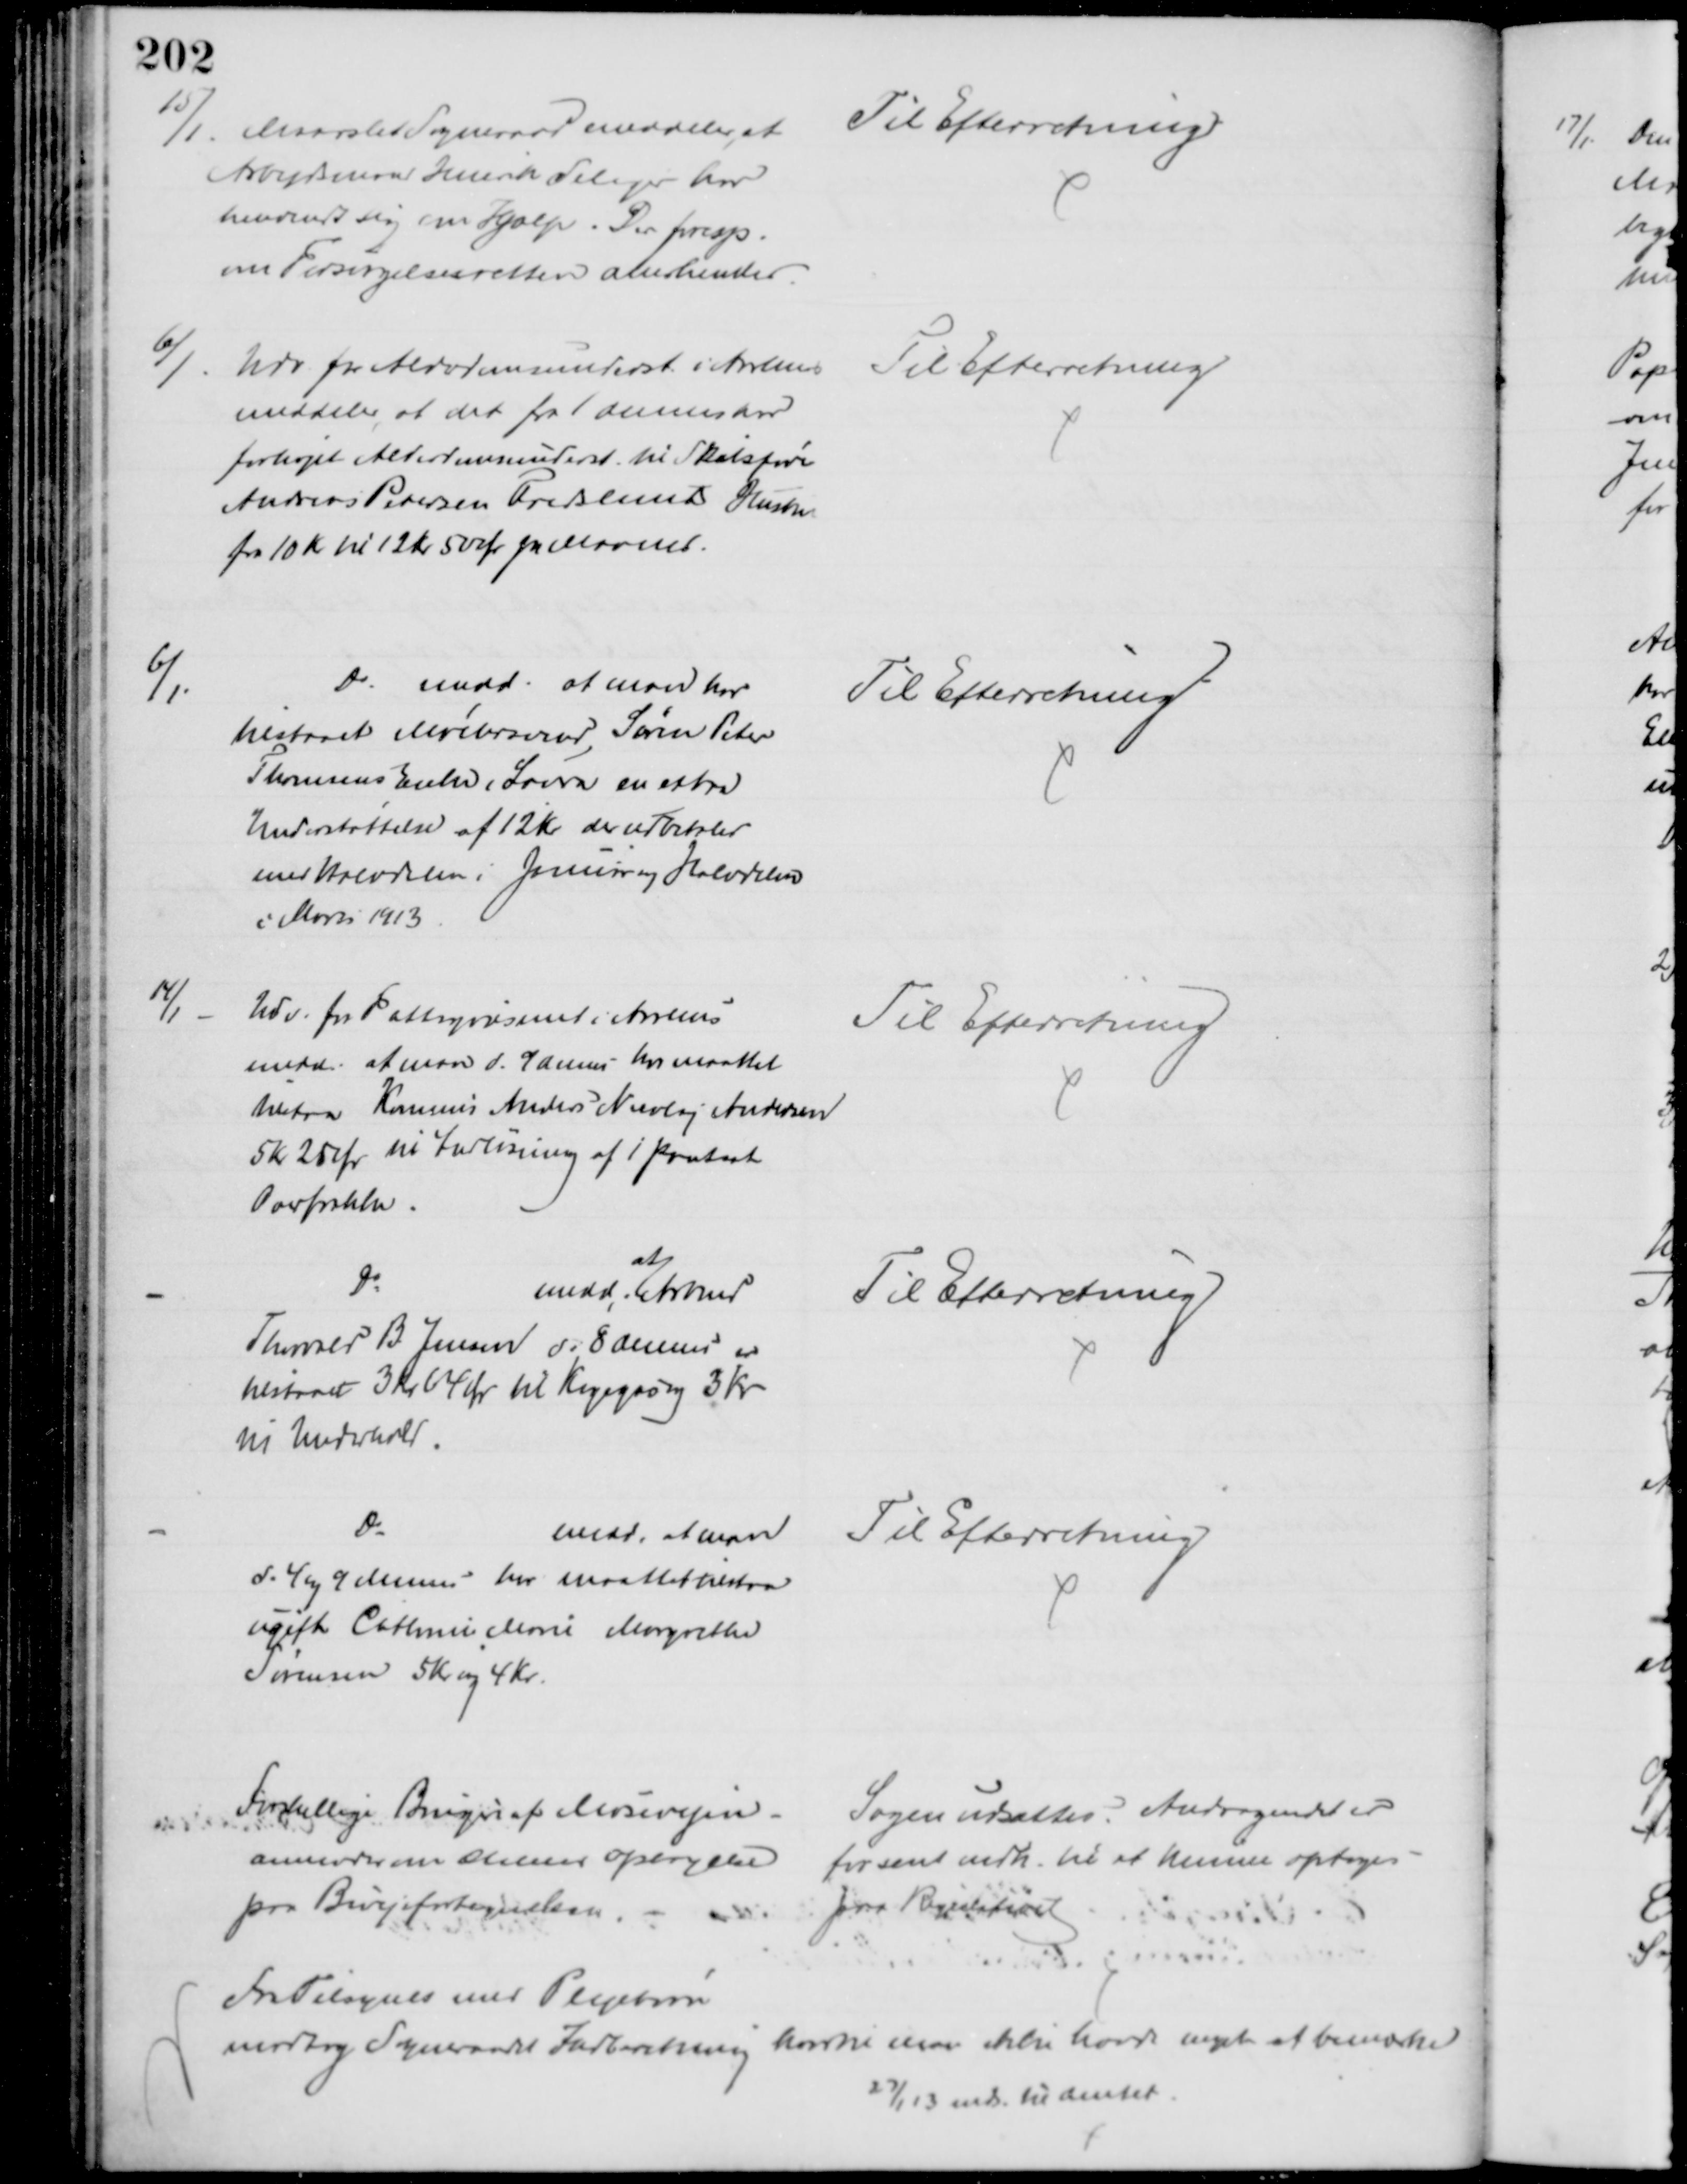
Transskription:
15/1. Maarslet Sogneraad meddeler, at
Arbejdsmand Henrik Seliger har
henvendt sig om Hjælp. Der foresp.
om Forsørgelsesretten anerkendes.
Til Efterretning
6/1
Udv. fra Alderdomsunderst i Aarhus
meddeler at det fra 1 dennes har
forhøjet Alderdomsunderst til Skibsfører
Andreas Petersen Fredslunds Hustru
fra 10 Kr til 12 Kr 50 Øre pr Maaned.
Til Efterretning
6/1.
Do. medd. at man har
tilstaaet Murersvend Søren Peter
Thomsens Enke, Laura en extra
Understøttelse af 12 Kr der udbetales
med Halvdelen i Januar og Halvdelen
i Marts 1913
Til Efterretning
14/1
Udv. for Fattigvæsenet i Aarhus
medd. at man d. 9 dennes har maattet
tilstaa Kommis Anders Nicolaj Andersen
5 Kr 25 Ør til Indløsning af 1 pantsat
Overfrakke
Til Efterretning
Do
medd. 
at
Arbmd
Thorvald B. Jensen d. 8 dennes er
tilstaaet 3 Kr 64 Ør til Kogegas og 3 Kr
til Underhold.
Til Efterretning
Do
medd. at man
d. 4 og 9 dennes har maattet tilstaa
ugifte Cathrine Marie Margrethe
Sørensen 5 Kr og 4 Kr.
Til Efterretning
Forskellige Brugere af Mosevejen
anmoder om dennes Optagelse
paa Bivejsfortegnelsen.
Sagen udsattes. Andragendet er
for sent indk. til at kunne optages
paa Regulativet
Fra Tilsynet med Plejebørn
modtog Sogneraadet Indberetning hvortil man ikke havde noget at bemærke
27/1 13 inds. til Amtet.